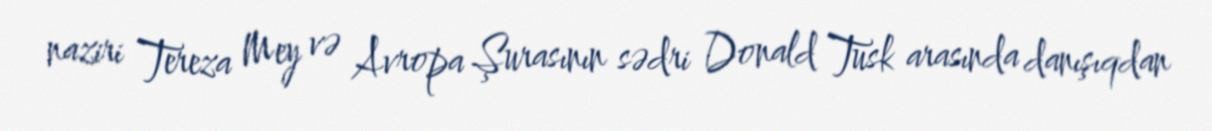
naziri Tereza Mey və Avropa Şurasının sədri Donald Tusk arasında danışıqdan